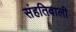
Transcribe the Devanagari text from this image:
संहतिवाली